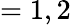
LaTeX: =1,2